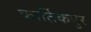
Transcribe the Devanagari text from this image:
कार्तिकपुर